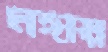
মঙ্গায়